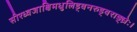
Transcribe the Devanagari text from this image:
सीरध्वजाक्षिमधुलिड्वनरुड्वराङ्घ्रेः।